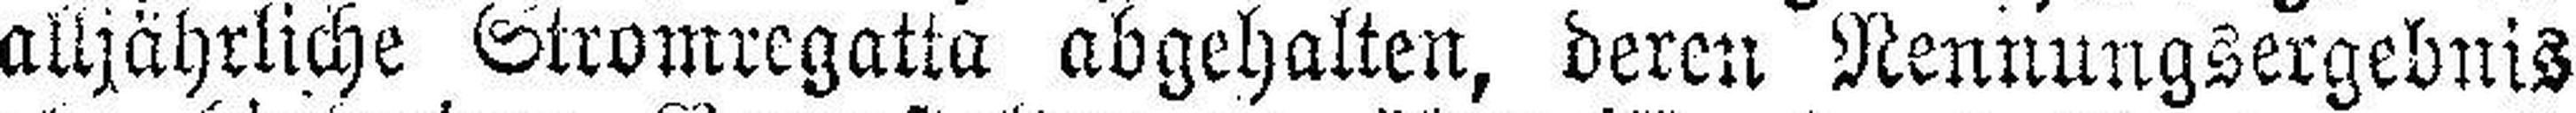
alljährliche Stromregatta abgehalten, bereu Nennungsergebnis